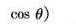
\cosθ)$$